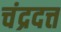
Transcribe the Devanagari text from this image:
चंद्रदत्त